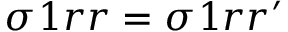
\sigma _ { Ḋ } 1 r r Ḍ = \sigma _ { Ḋ } 1 r r Ḍ ^ { \prime }